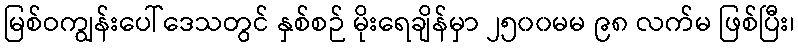
မြစ်ဝကျွန်းပေါ်ဒေသတွင် နှစ်စဉ် မိုးရေချိန်မှာ ၂၅၀၀မမ ၉၈ လက်မ ဖြစ်ပြီး၊